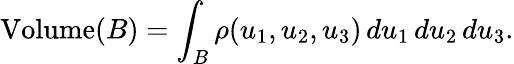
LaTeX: \operatorname{Volume}(B)=\int_{B}\rho(u_{1},u_{2},u_{3})\, du_{1}\, du_{2}\, du_{3}.